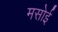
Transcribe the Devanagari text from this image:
मसोई